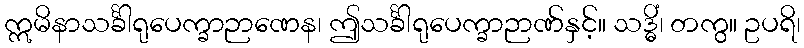
ဣမိနာသင်္ခါရုပေက္ခာဉာဏေန၊ ဤသင်္ခါရုပေက္ခာဉာဏ်နှင့်။ သဒ္ဓိံ၊ တကွ။ ဥပရိ၊